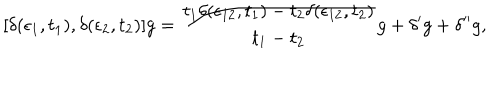
LaTeX: [ \delta ( \epsilon _ { 1 } , t _ { 1 } ) , \delta ( \epsilon _ { 2 } , t _ { 2 } ) ] g = { \frac { t _ { 1 } \delta ( \epsilon _ { 1 2 } , t _ { 1 } ) - t _ { 2 } \delta ( \epsilon _ { 1 2 } , t _ { 2 } ) } { t _ { 1 } - t _ { 2 } } } g + \delta ^ { \prime } g + \delta ^ { \prime \prime } g ,